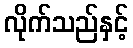
လိုက်သည်နှင့်